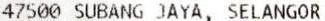
47500 SUBANG JAYA, SELANGOR